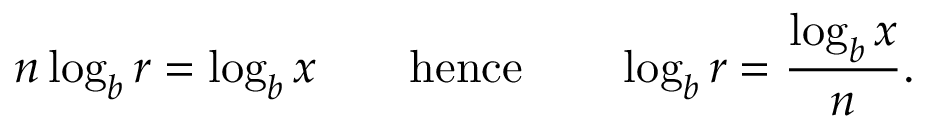
n \log _ { b } r = \log _ { b } x \quad \quad { \mathrm { h e n c e } } \quad \quad \log _ { b } r = { \frac { \log _ { b } x } { n } } .